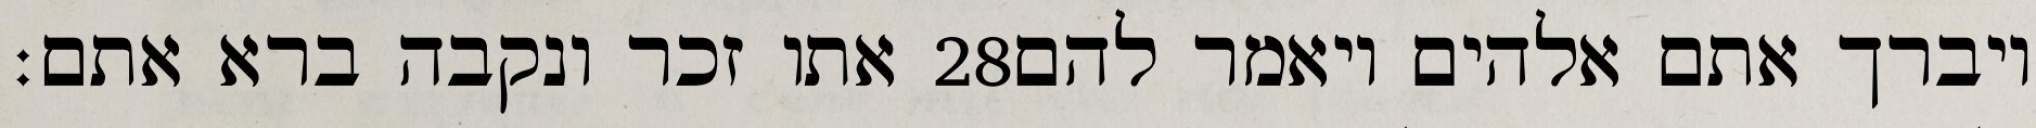
אתו זכר ונקבה ברא אתם׃ ‎28‏ ויברך אתם אלהים ויאמר להם